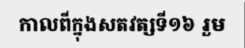
កាលពីក្នុងសតវត្សទី១៦ រួម